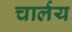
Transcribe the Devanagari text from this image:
चार्लय